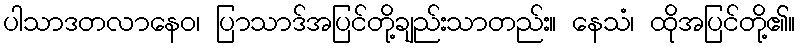
ပါသာဒတလာနေဝ၊ ပြာသာဒ်အပြင်တို့ချည်းသာတည်း။ နေသံ၊ ထိုအပြင်တို့၏။